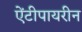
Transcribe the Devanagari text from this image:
ऐंटीपायरीन